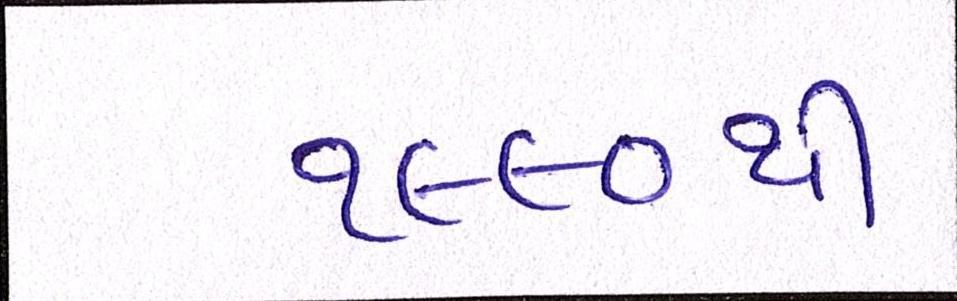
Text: ૧૯૯૦થી